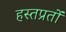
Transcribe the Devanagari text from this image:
हस्तप्रतों